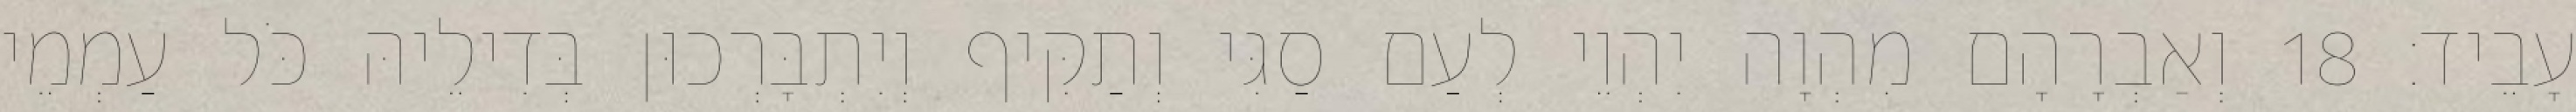
עָבֵיד׃ 18 וְאַבְרָהָם מִהְוָה יִהְוֵי לְעַם סַגִּי וְתַקִּיף וְיִתְבָּרְכוּן בְּדִילֵיהּ כֹּל עַמְמֵי